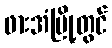
ဖားအံမြို့တွင်